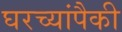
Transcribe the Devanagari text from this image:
घरच्यांपैकी